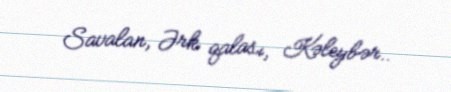
Savalan, Ərk qalası, Kəleybər..